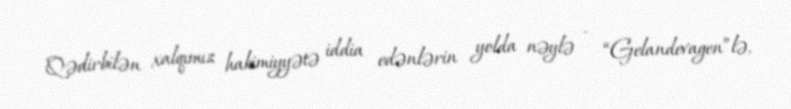
Qədirbilən xalqımız hakimiyyətə iddia edənlərin yolda nəylə - “Gelandevagen”lə,